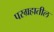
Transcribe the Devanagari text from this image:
परग्रहातील